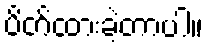
ပိတ်ထားခဲ့တာပါ။